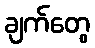
ချက်တွေ